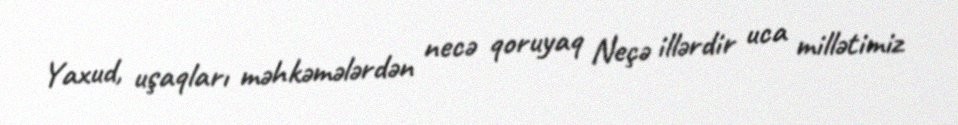
Yaxud, uşaqları məhkəmələrdən necə qoruyaq Neçə illərdir uca millətimiz